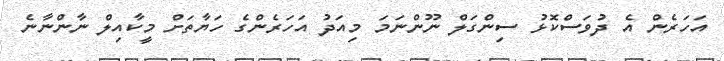
އަހަރެން އެ ދުވަސްކޮޅު ސިންގަލް ނޫންނަމަ މިއަދު އަހަރެންގެ ހަޔާތަށް މީކާއިލް ނާންނާނެ